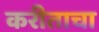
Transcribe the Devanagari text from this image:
करीताचा